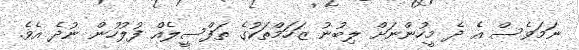
ނަމަވެސް އެ ދެ މީހުންނަށް ލިބުނު ޒަހަމްތަކުގެ ތަފްސީލެއް ފުލުހުން ނުދެ އެވެ.